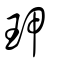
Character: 玾